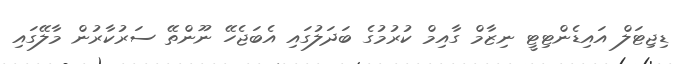
ޑިޖިޓަލް އައިޑެންޓިޓީ ނިޒާމް ގާއިމް ކުރުމުގެ ބަދަލުގައި އެބަޖެހޭ ނޫންތޭ ސަރުކާރުން މާލޭގައި